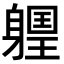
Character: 𨉽